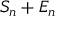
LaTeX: S _ { n } + E _ { n }